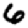
Digit: 6